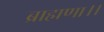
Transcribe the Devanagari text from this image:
ब्राह्मणा।।